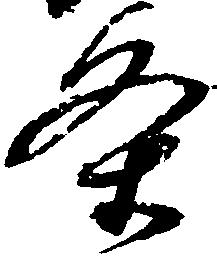
条